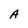
Character: A